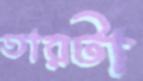
তারটা